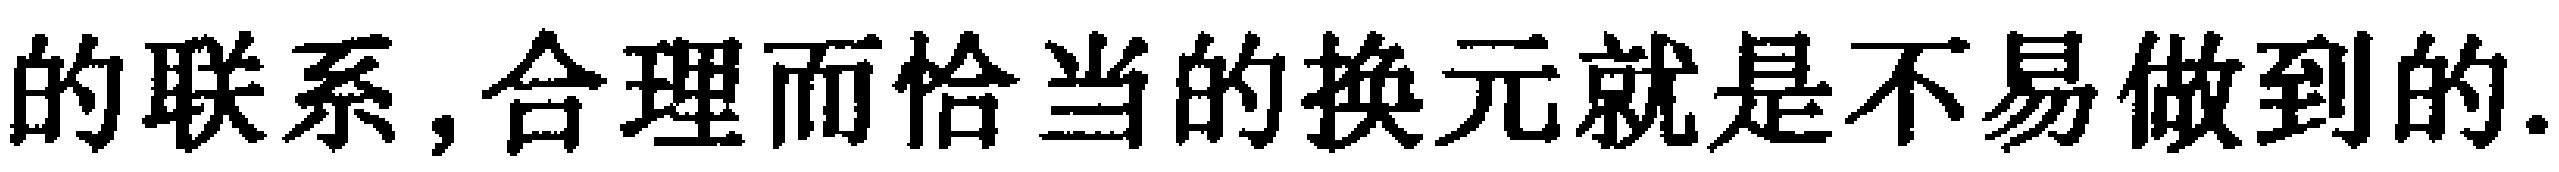
的联系,合理而恰当的换元就是不易做到的.